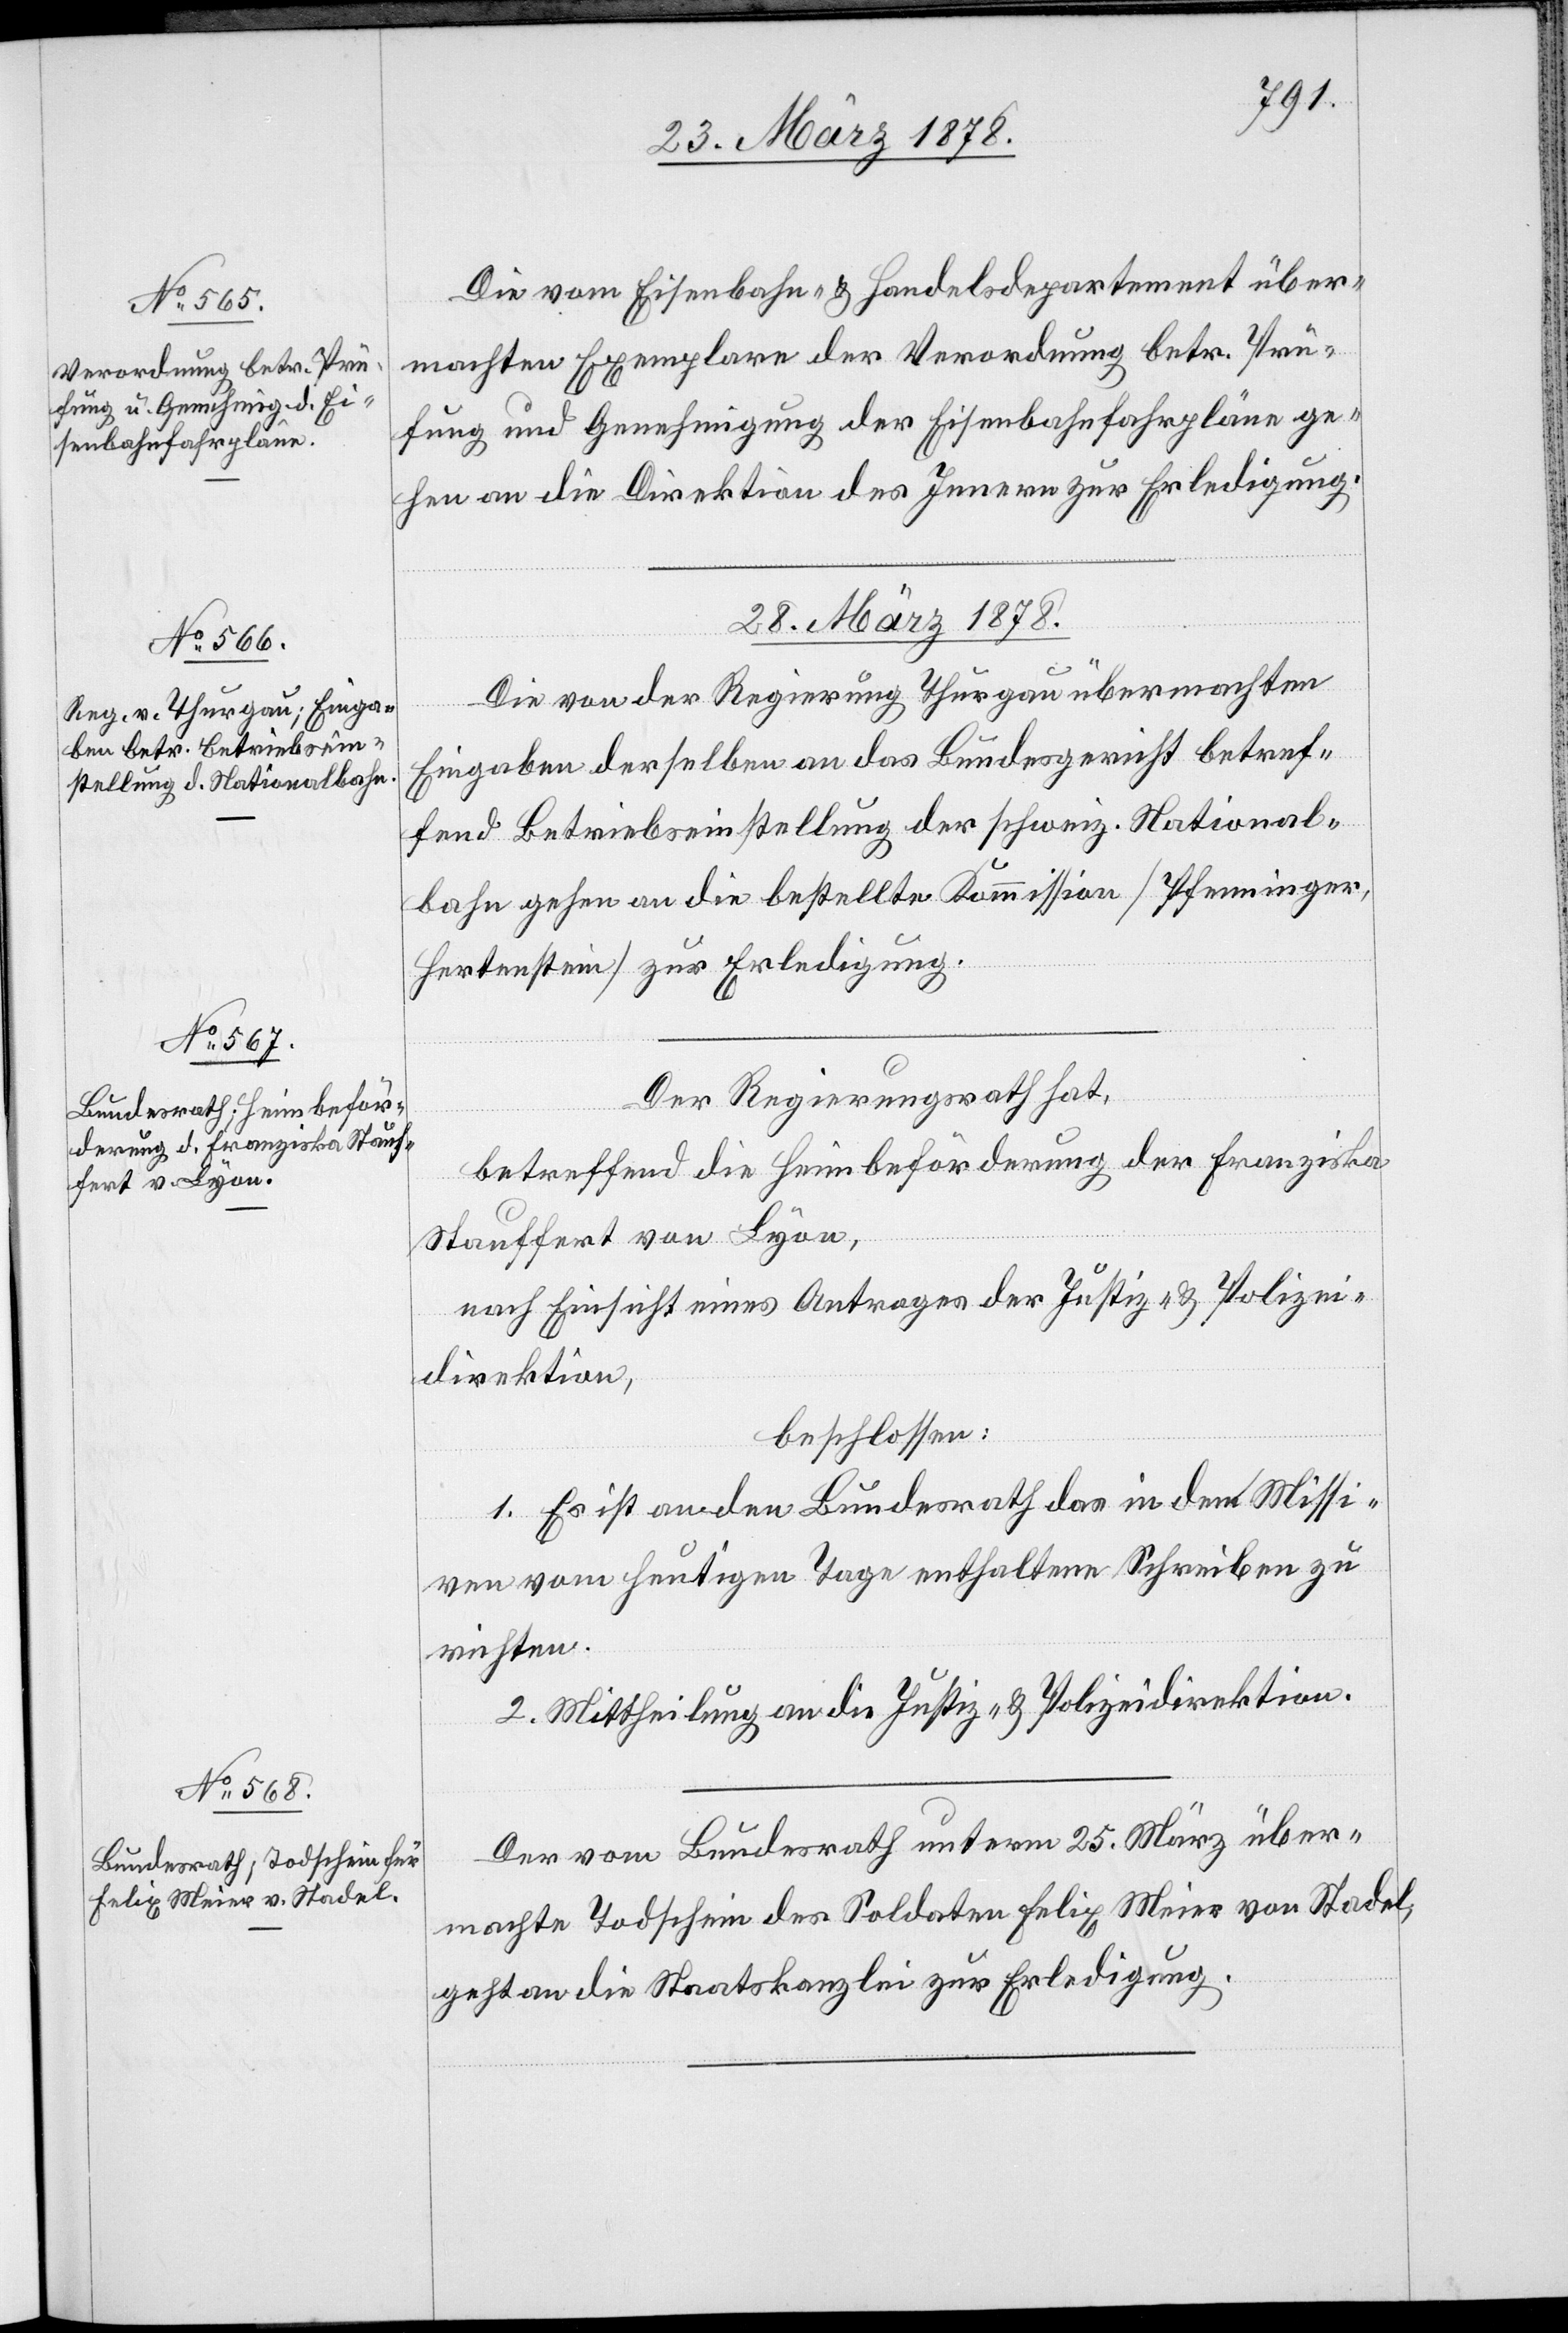
27. März 1878.]
Die vom Eisenbahn- & Handelsdepartement über¬
machten Exemplare der Verordnung betr. Prü¬
fung und Genehmigung der Eisenbahnfahrpläne ge¬
hen an die Direktion des Innern zur Erledigung.
28. März 1878.]
Die von der Regierung von Thurgau übermachten
Eingaben derselben an das Bundesgericht betref¬
fend Betriebseinstellung der schweiz. National¬
bahn gehen an die bestellte Kommission (Pfenninger,
Hertenstein) zur Erledigung.
Der Regierungsrath hat,
betreffend die Heimbeförderung der Franziska
Stauffert von Lyon,
nach Einsicht eines Antrages der Justiz- & Polizei¬
direktion,
beschlossen:
1. Es ist an den Bundesrath das in den Missi¬
ven vom heutigen Tage enthaltene Schreiben zu
richten.
2. Mittheilung an die Justiz- & Polizeidirektion.
Der vom Bundesrath unterm 25. März über¬
machte Todschein des Soldaten Felix Meier von Stadel,
geht an die Staatskanzlei zur Erledigung.